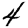
Digit: 4